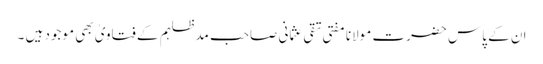
ان کے پاس حضرت مولانا مفتی تقی عثمانی صاحب مدظلہم کے فتاویٰ بھی موجود ہیں ۔